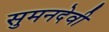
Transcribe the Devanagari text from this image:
सुमनदेवी